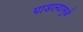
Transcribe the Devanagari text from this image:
पाडल्यामुळे